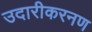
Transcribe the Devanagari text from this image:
उदारीकरनण